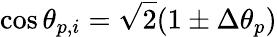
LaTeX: \cos\theta_{p,i}=\sqrt{2}(1\pm\Delta\theta_{p})